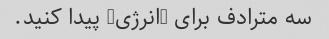
سه مترادف برای "انرژی" پیدا کنید.